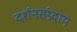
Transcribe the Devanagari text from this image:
दर्शनसंप्रदाय